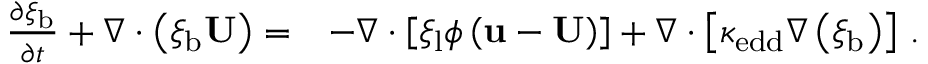
\begin{array} { r l } { \frac { \partial \xi _ { \mathrm { b } } } { \partial t } + \nabla \cdot \left( \xi _ { \mathrm { b } } \mathbf { U } \right) = } & { - \nabla \cdot \left[ \xi _ { \mathrm { l } } \phi \left( \mathbf { u } - \mathbf { U } \right) \right] + \nabla \cdot \left[ \kappa _ { \mathrm { e d d } } \nabla \left( \xi _ { \mathrm { b } } \right) \right] \, . } \end{array}